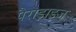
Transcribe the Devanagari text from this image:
पैराड़ाइज